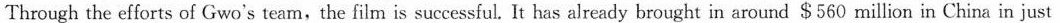
Through the efforts of Gwo's team, the film is successful.It has already brought in around $560 million in China in just